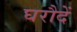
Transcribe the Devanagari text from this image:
घरौदें